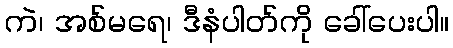
ကဲ၊ အစ်မရေ၊ ဒီနံပါတ်ကို ခေါ်ပေးပါ။